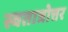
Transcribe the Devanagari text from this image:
स्वतात्रोत्तर